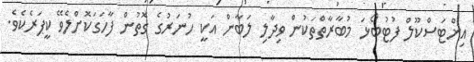
އިންޓަސްކޫލް ފުޓުބޯޅަ މުބާރާތްތަކުން ވިދާލި ލަބާން އަކީ ހުނަރުގެ ގޮތުން ފާހަގަކޮށްލެވޭ ކީޕަރެކެވެ.